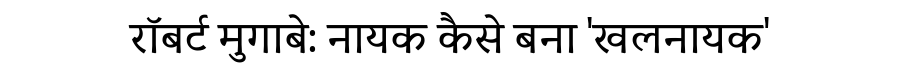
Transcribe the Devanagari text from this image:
रॉबर्ट मुगाबे: नायक कैसे बना 'खलनायक'